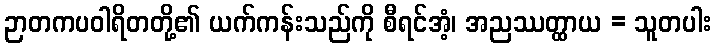
ဉာတကပဝါရိတတို့၏ ယက်ကန်းသည်ကို စီရင်အံ့၊ အညဿတ္ထာယ = သူတပါး